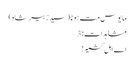
مایوس مت ہونا (سید زبیر شاہ)
مشاہدات: 3
اے اہل کشمیر !